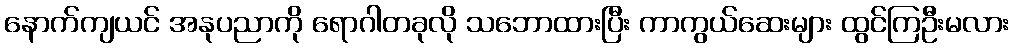
နောက်ကျယင် အနုပညာကို ရောဂါတခုလို သဘောထားပြီး ကာကွယ်ဆေးများ ထွင်ကြဦးမလား